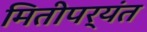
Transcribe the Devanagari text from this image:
मितीपर्यंत